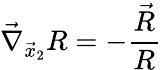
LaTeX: \vec{\nabla}_{\vec{x}_{2}}R=-\frac{\vec{R}}{R}